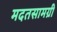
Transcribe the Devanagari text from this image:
मदतसामग्री